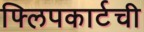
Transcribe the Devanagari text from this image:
फ्लिपकार्टची